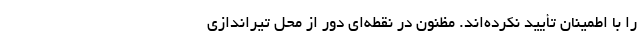
را با اطمینان تأیید نکرده‌اند. مظنون در نقطه‌ای دور از محل تیراندازی